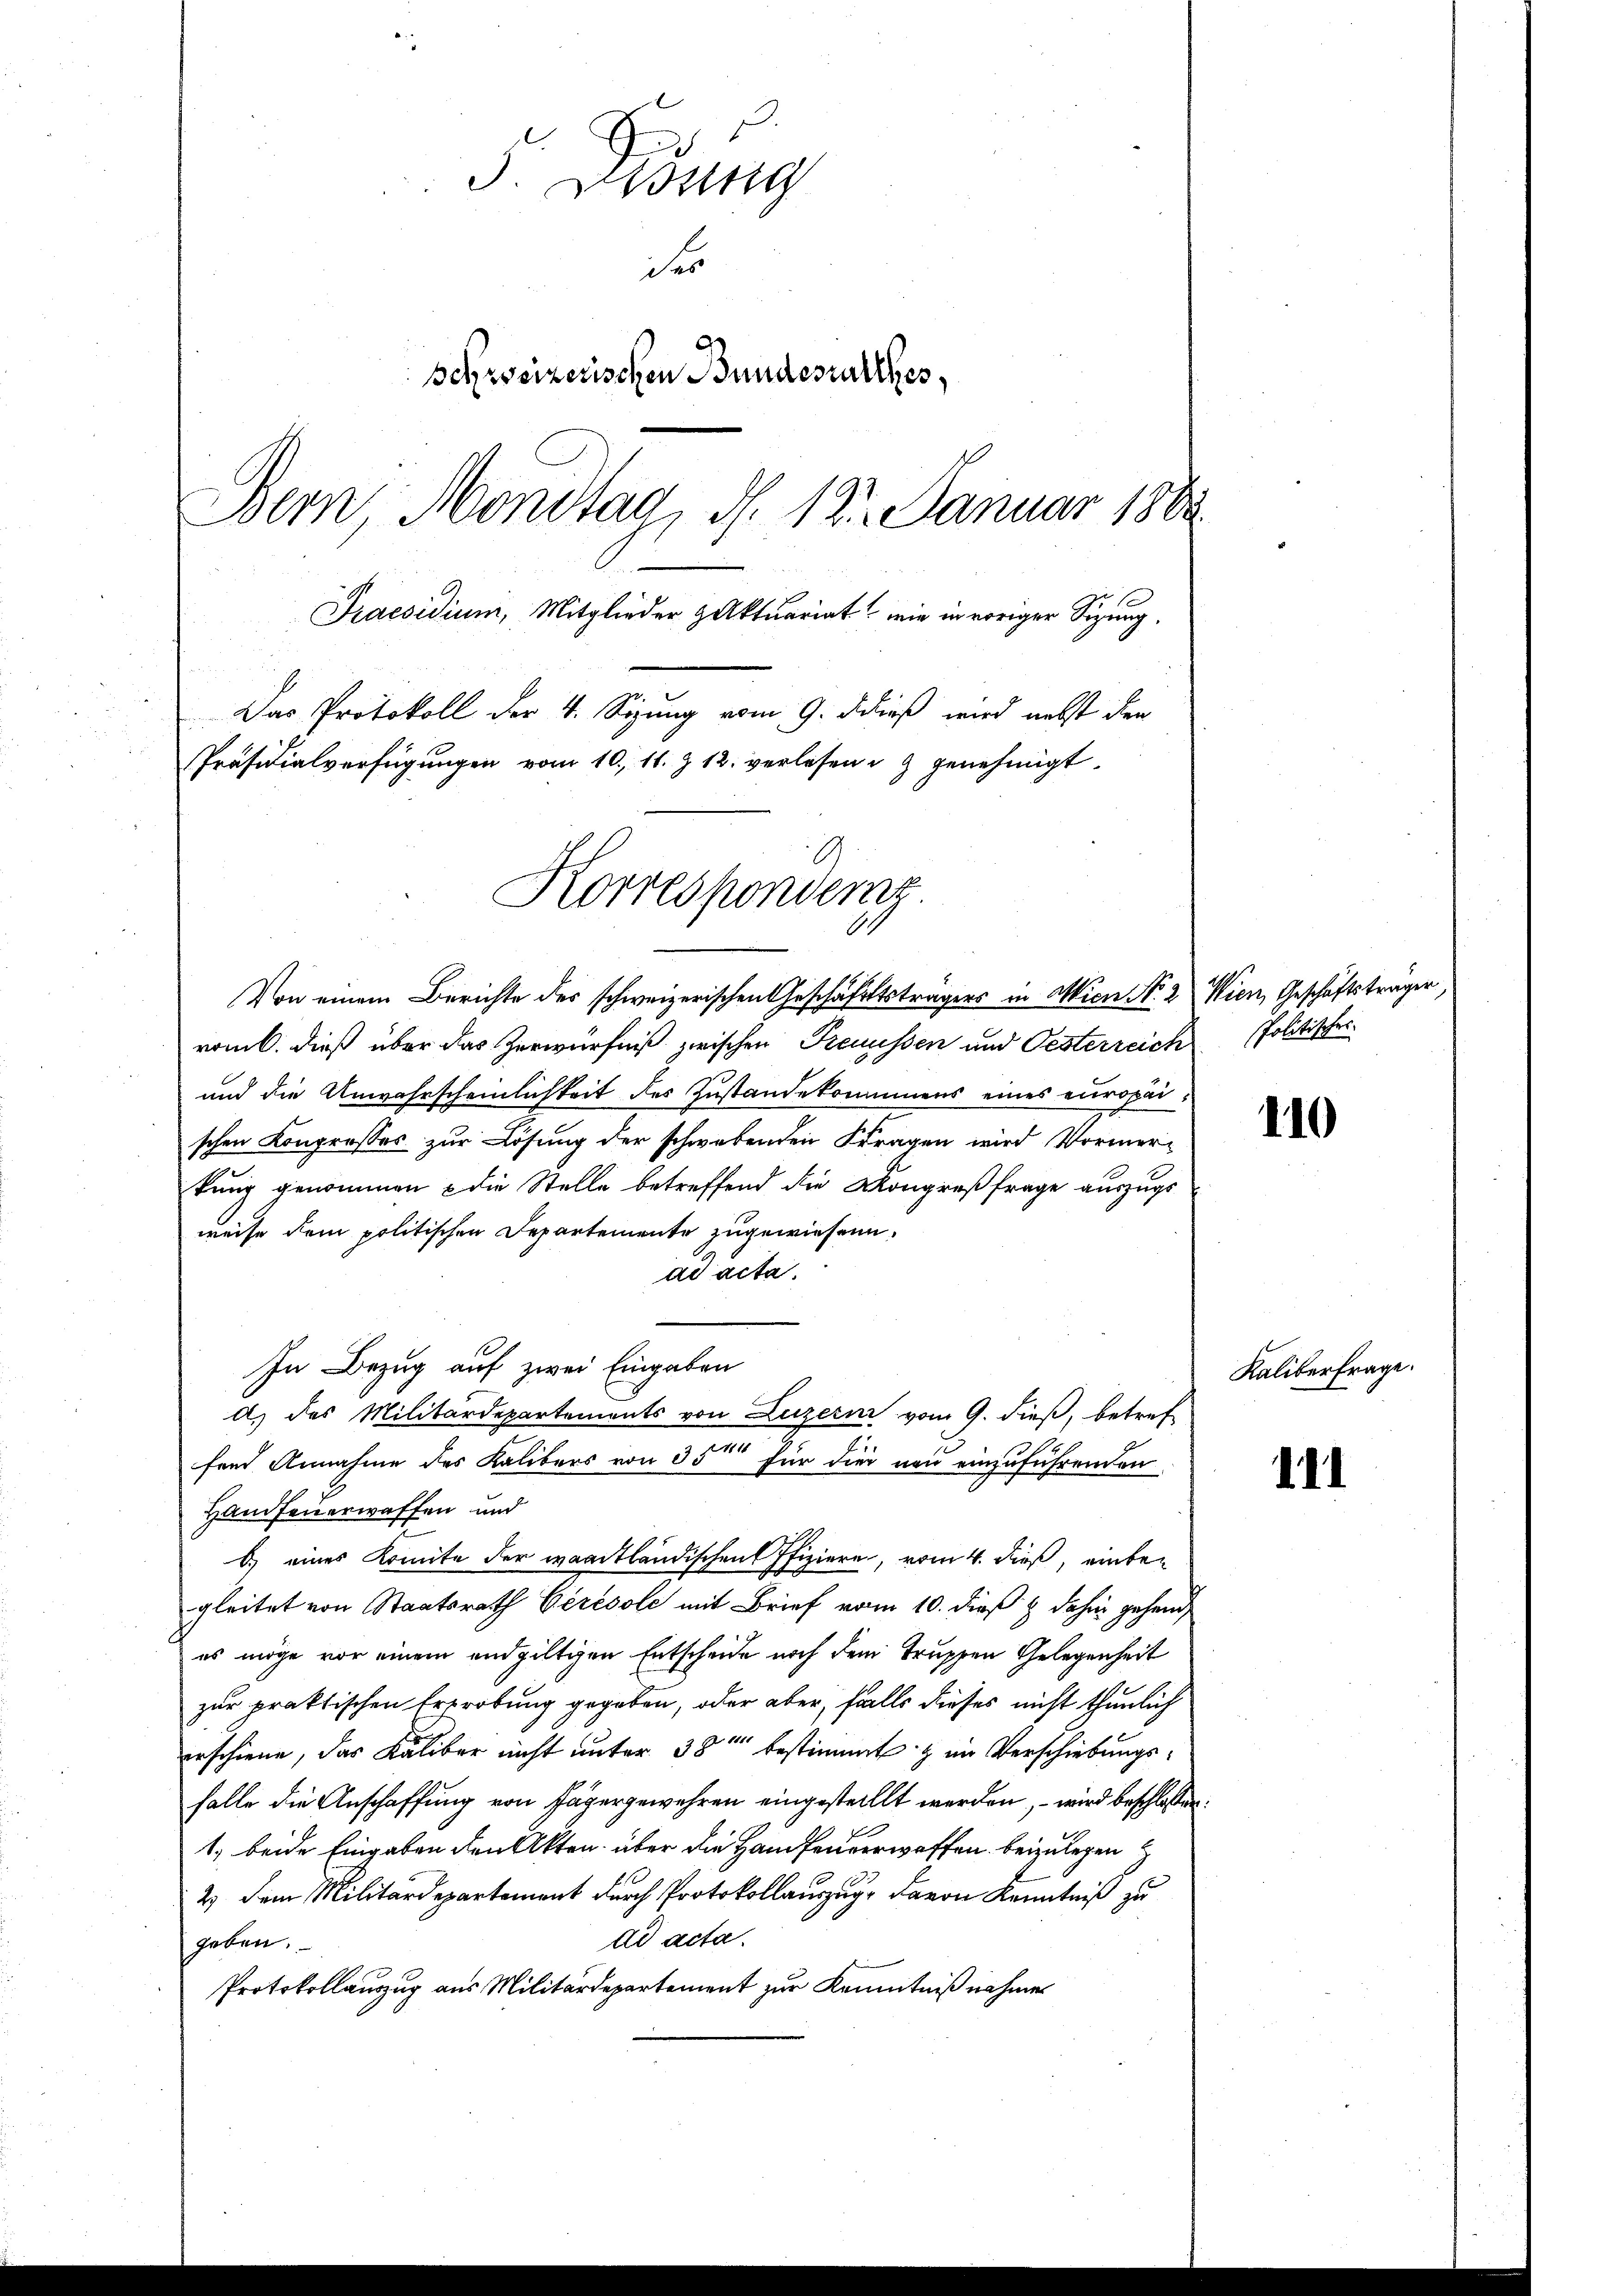
5. Didung
der
Schweizerischen Bundesrathes,
Bern Mondtag, d. 123. Januar 1882
Praesidium, Mitglieder Aktuariat wie in voriger Sizung.
Das Protokoll der 4. Sizung vom 9. Dieß wird nebst den
Präsidialverfügungen vom 10. 11. Z. 12. verlesen u. 3 genehmigt.
Korrespondenz

11

Von einem Berichte des schweizerischen Geschäftsträgers in Wien No 2 Wien, Geschäftsträger,
romb. dieß über das Zerwürfniß zwischen Frenüssen und Oesterreich Politischei
und die Anwahrscheinlichkeit des Zustandekommens eines europäi
schen Kongrosses zur Lösung der schwebenden Fragen wird Vormer-
kung genommen & die Stelle betreffend die Kongreßfrage auszugsweise dem politischen Departemente zugewiesen,
ad acta.
In Bezug auf zwei Eingaben
d) des Militärdepartements von Luzern vom 9. dieß, betref
fend Annahme des Kalibers von 35 für die neu einzuführenden
Handfeuerwaffen und
b.) eines Komite der waadtländischen Pfiziere, vom 4. dieß, einbegleitet von Staatsrath Cérésole mit Brief vom 10. dieß & dahin gehend
es möge vor einem endgültigen Entscheide noch dem Truppen Gelegenheit
zur praktischen Erprobung gegeben, oder aber, falls dieses nicht thunlich
erschiene, das Kaliber nicht unter 38 bestimmt & im Verschiebungsfalle die Anschaffung von Jägergewehren eingestellt werden, – wird beschlossen:
1. beide Eingaben den Akten über die Handfenverwaffen beizulegen
2.) Dem Militärdepartement durch Protokollauszug, Baron Kenntniß zu
dd acta.
geben.
Protokollauszug aus Militärdepartement zur Kenntniß nahmen

110

Kaliberfrage.

1